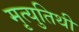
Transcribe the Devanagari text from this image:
मृत्युतिथी